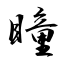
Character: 瞳